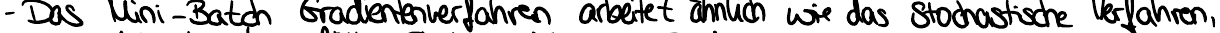
- Das Mini-Batch Gradientenverfahren arbeitet ähnlich wie das Stochastische Verfahren